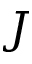
J